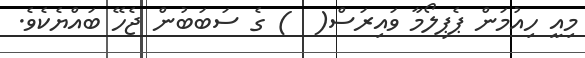
މިއީ ހިއުމަން ޕެޕިލޯމާ ވައިރަސް(  ) ގެ ސަބަބުން ޖެހޭ ބައްޔެކެވެ.